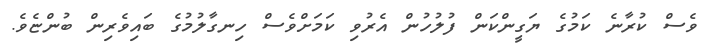
ވެސް ކުރާނެ ކަމުގެ ޔަގީންކަން ފުލުހުން އެރުވި ކަމަށްވެސް ހިނގާލުމުގެ ބައިވެރިން ބުންޏެވެ.